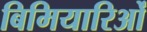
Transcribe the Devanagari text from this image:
बिमियारिओं